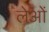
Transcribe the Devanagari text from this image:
लेओं